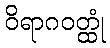
ဝိရာဂဝတ္ထုံ